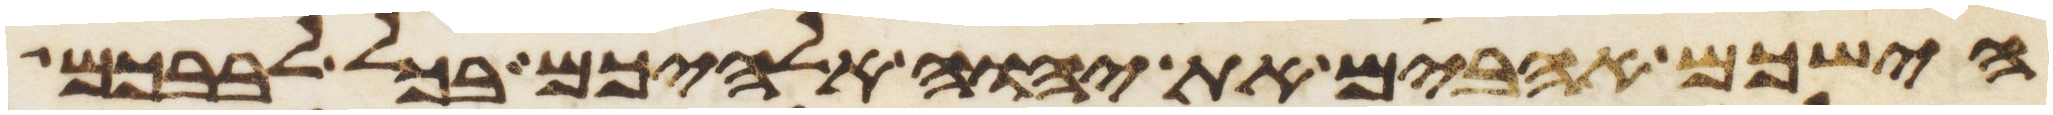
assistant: הישכם אהבים את יהוה אלהיכם בכל לבבכם